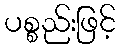
ပစ္စည်းဖြင့်